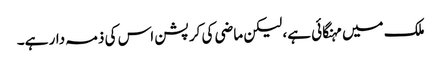
ملک میں مہنگائی ہے، لیکن ماضی کی کرپشن اس کی ذمہ دار ہے۔